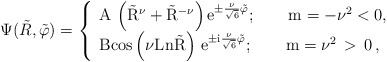
\begin{align*}\Psi(\tilde R,\tilde \varphi)= \left \{ \begin{array}{l}{\rm A\, \left(\tilde R^\nu + \tilde R^{-\nu} \right) e^{\pm \frac{ \nu}{\sqrt{6}}\tilde \varphi} }; \qquad {\rm m=-\nu^2<0,}\cr {\rm B cos \left(\nu Ln \tilde R \right) \, e^{\pm i\frac{\nu}{\sqrt{6}} \tilde \varphi} }; \qquad {\rm m=\nu^2} \, > \, 0 \, ,\end{array} \right.\end{align*}